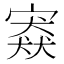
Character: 𡪱